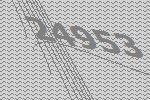
24953